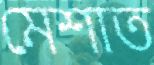
মেশাত